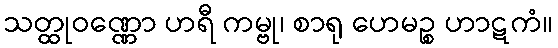
သတ္ထုဝဏ္ဏော ဟရီ ကမ္ဗု၊ စာရု ဟေမဉ္စ ဟာဋကံ။